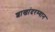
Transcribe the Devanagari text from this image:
शाखांदरम्यान